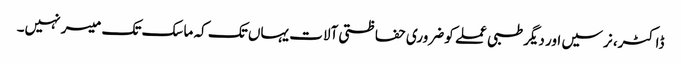
ڈاکٹر، نرسیں اور دیگر طبی عملے کو ضروری حفاظتی آلات یہاں تک کہ ماسک تک میسر نہیں۔